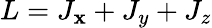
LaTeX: L=J_{\mathbf{x}}+J_{y}+J_{z}